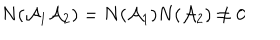
N ( { \cal A } _ { 1 } { \cal A } _ { 2 } ) = N ( { \cal A } _ { 1 } ) N ( { \cal A } _ { 2 } ) \neq 0